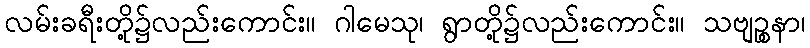
လမ်းခရီးတို့၌လည်းကောင်း။ ဂါမေသု၊ ရွာတို့၌လည်းကောင်း။ သဗျဉ္စနာ၊